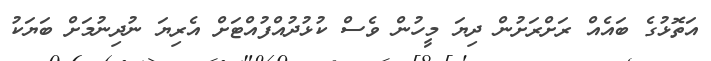
އަތޮޅުގެ ބައެއް ރަށްރަށުން ދިޔަ މީހުން ވެސް ކުޅުދުއްފުއްޓަށް އެރިޔަ ނުދިނުމަށް ބަޔަކު